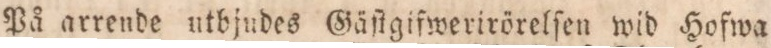
På arrende utbjudes Gäſtgifwerirörelſen wid Hofwa